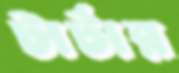
টার্টার